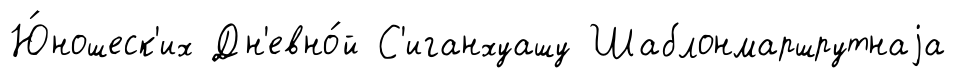
Ю́ношеск'их Дн'евно́й С'иганхуашу Шаблонмаршрутнаjа